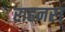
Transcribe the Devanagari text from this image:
राहनर।